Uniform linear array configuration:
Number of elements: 16
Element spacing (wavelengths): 1
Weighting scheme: blackman
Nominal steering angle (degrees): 30
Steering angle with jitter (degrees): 29.818
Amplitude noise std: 0.05
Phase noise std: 0.05

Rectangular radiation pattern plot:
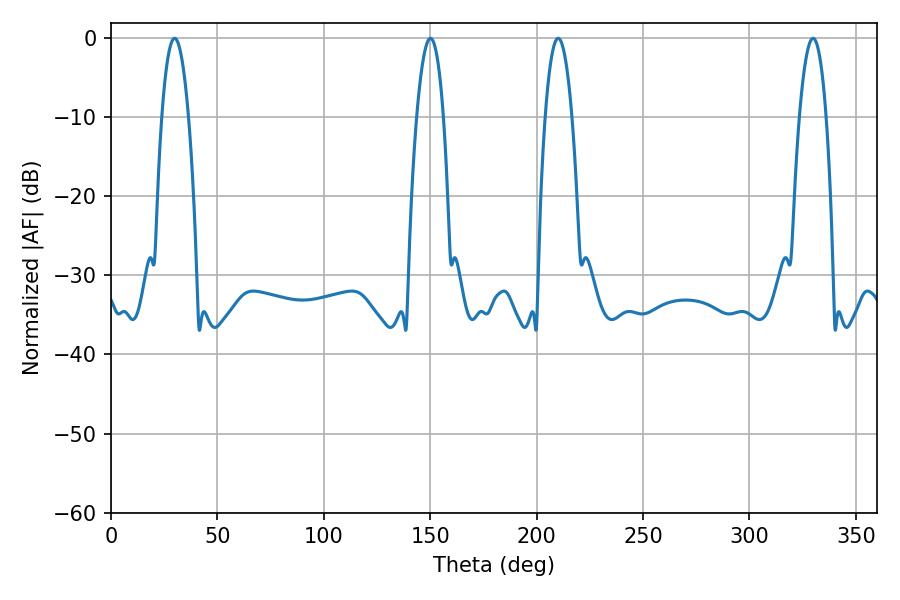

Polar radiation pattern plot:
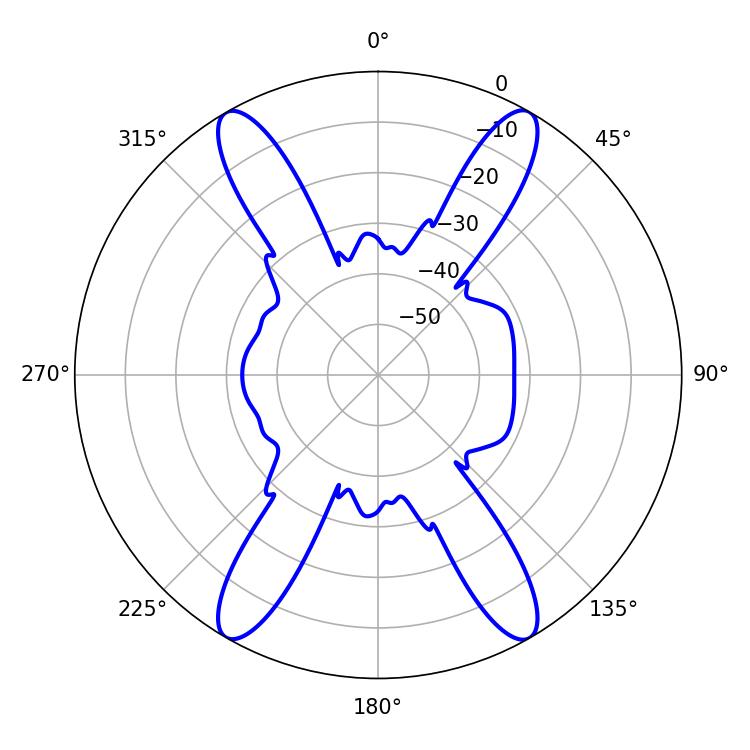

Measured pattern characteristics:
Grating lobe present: TRUE
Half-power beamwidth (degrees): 7.02
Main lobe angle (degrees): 29.88